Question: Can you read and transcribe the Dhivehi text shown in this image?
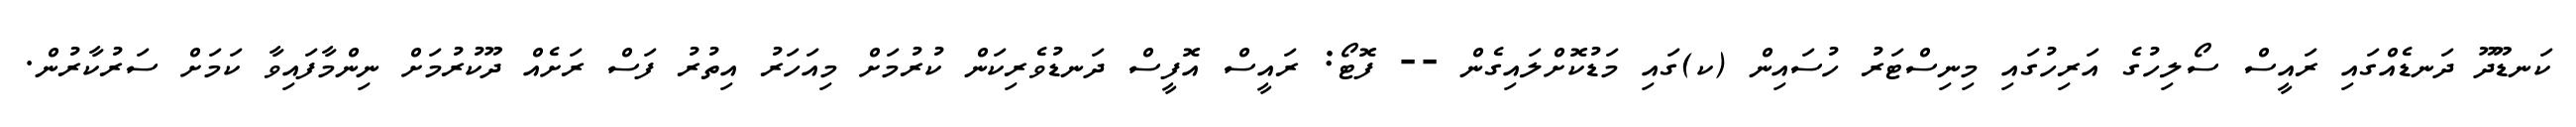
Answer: ކަނޑޫދޫ ދަނޑެއްގައި ރައީސް ސޯލިހުގެ އަރިހުގައި މިނިސްޓަރު ހުސައިން (ކ)ގައި މަޑުކޮށްލައިގެން -- ފޮޓޯ: ރައީސް އޮފީސް ދަނޑުވެރިކަން ކުރުމަށް މިއަހަރު އިތުރު ފަސް ރަށެއް ދޫކުރުމަށް ނިންމާފައިވާ ކަމަށް ސަރުކާރުން.